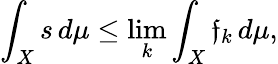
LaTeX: \int_{X}s\, d\mu\leq\operatorname*{lim}_{k}\int_{X}\mathfrak{f}_{k}\, d\mu,